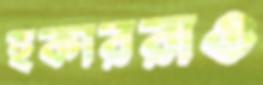
হকাররাও